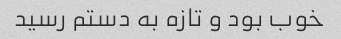
خوب بود و تازه به دستم رسید